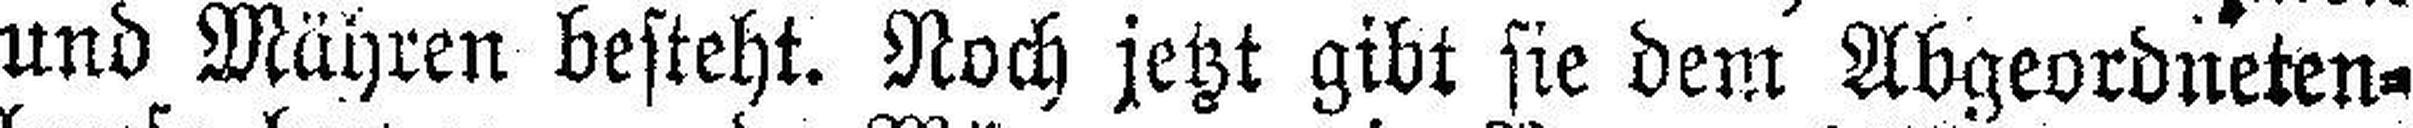
und Mähren besteht. Noch jetzt gibt sie dem Abgeordneten¬